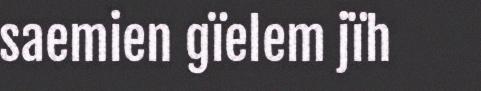
saemien gïelem jïh